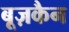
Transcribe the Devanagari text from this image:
बूज़कैन